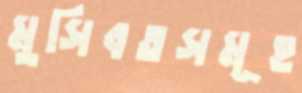
মুসিবতসমূহ